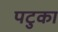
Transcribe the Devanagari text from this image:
पटुका